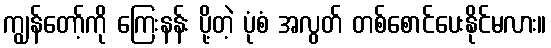
ကျွန်တော့်ကို ကြေးနန်း ပို့တဲ့ ပုံစံ အလွတ် တစ်စောင်ပေးနိုင်မလား။